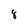
Character: 8